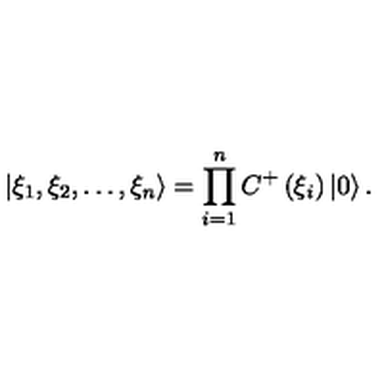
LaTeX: \left| \xi _ { 1 } , \xi _ { 2 } , \ldots , \xi _ { n } \right\rangle = \prod _ { i = 1 } ^ { n } C ^ { + } \left( \xi _ { i } \right) \left| 0 \right\rangle .